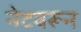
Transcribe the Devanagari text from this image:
नेटवरून